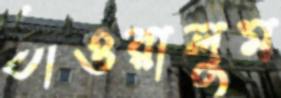
ঠাওরালুম